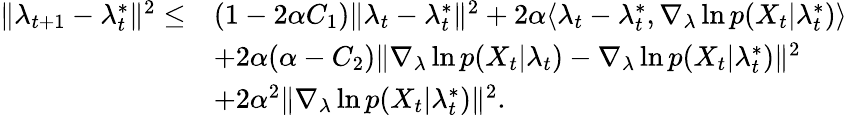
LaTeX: \begin{array}{rl}{\| \lambda_{t+1}-\lambda_{t}^{*}\| ^{2}\leq}&{(1-2\alpha C_{1})\| \lambda_{t}-\lambda_{t}^{*}\| ^{2}+2\alpha\langle\lambda_{t}-\lambda_{t}^{*},\nabla_{\lambda}\ln p(X_{t}|\lambda_{t}^{*})\rangle}\\ &{+2\alpha(\alpha-C_{2})\| \nabla_{\lambda}\ln p(X_{t}|\lambda_{t})-\nabla_{\lambda}\ln p(X_{t}|\lambda_{t}^{*})\| ^{2}}\\ &{+2\alpha^{2}\| \nabla_{\lambda}\ln p(X_{t}|\lambda_{t}^{*})\| ^{2}.}\end{array}